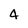
Character: 4